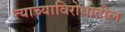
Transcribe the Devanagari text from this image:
त्याच्याविरोधातील